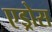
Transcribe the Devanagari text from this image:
एड्रोस